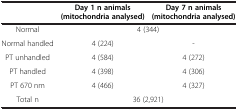
<table><thead><tr><td><b> </b></td><td><b>Day 1 n animals (mitochondria analysed)</b></td><td><b>Day 7 n animals (mitochondria analysed)</b></td></tr></thead><tbody><tr><td>Normal</td><td colspan="2">4 (344)</td></tr><tr><td>Normal handled</td><td>4 (224)</td><td>-</td></tr><tr><td>PT unhandled</td><td>4 (584)</td><td>4 (272)</td></tr><tr><td>PT handled</td><td>4 (398)</td><td>4 (306)</td></tr><tr><td>PT 670 nm</td><td>4 (466)</td><td>4 (327)</td></tr><tr><td>Total n</td><td colspan="2">36 (2,921)</td></tr></tbody></table>